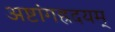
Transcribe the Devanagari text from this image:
अष्टांगह्रदयम्